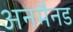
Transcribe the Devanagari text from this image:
अनमैनड